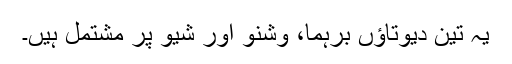
یہ تین دیوتاؤں برہما، وشنو اور شیو پر مشتمل ہیں۔